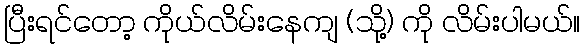
ပြီးရင်တော့ ကိုယ်လိမ်းနေကျ (သို့) ကို လိမ်းပါမယ်။